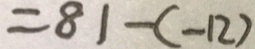
= 8 1 - ( - 1 2 )